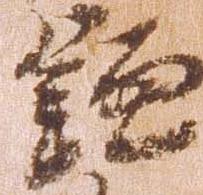
鎌